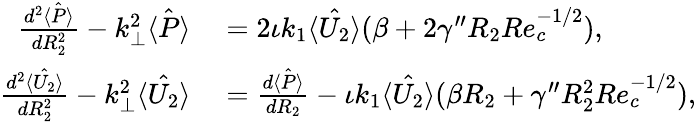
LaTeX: \begin{array}{rl}{\frac{d^{2}\hat{\langle P\rangle}}{dR_{2}^{2}}-k_{\perp}^{2}\hat{\langle P\rangle}}&{{}=2\iota k_{1}\hat{\langle U_{2}\rangle}(\beta+2\gamma^{\prime\prime}R_{2}Re_{c}^{-1/2}),}\\ {\frac{d^{2}\hat{\langle U_{2}\rangle}}{dR_{2}^{2}}-k_{\perp}^{2}\hat{\langle U_{2}\rangle}}&{{}=\frac{d\hat{\langle P\rangle}}{dR_{2}}-\iota k_{1}\hat{\langle U_{2}\rangle}(\beta R_{2}+\gamma^{\prime\prime}R_{2}^{2}Re_{c}^{-1/2}),}\end{array}